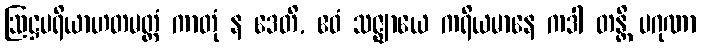
ဩဋ္ဌပရိယာဟတမတ္တံ ကာတုံ န ဒေတိ, ဧဝံ သဇ္ဈာယေ ကရိယမာနေ ကဒါ တန္တိ ပဂုဏာ